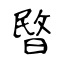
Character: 暋